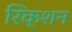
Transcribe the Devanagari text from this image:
रिक्शन